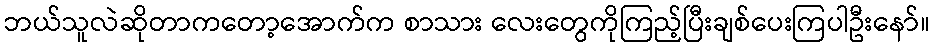
ဘယ်သူလဲဆိုတာကတော့အောက်က စာသား လေးတွေကိုကြည့်ပြီးချစ်ပေးကြပါဦးနော်။